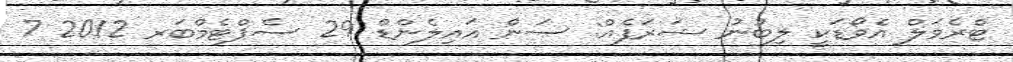
ޓްރެވަލް އެވޯޑަކީ ލިބުނު ޝަރަފެއް: ސަން އައިލެންޑް 29 ސެޕްޓެމްބަރ 2012 7